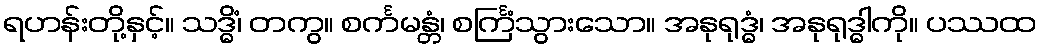
ရဟန်းတို့နှင့်။ သဒ္ဓိံ၊ တကွ။ စင်္ကမန္တံ၊ စင်္ကြံသွားသော။ အနုရုဒ္ဓံ၊ အနုရုဒ္ဓါကို။ ပဿထ